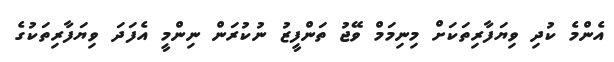
އެންމެ ކުދި ވިޔަފާރިތަކަށް މިނިމަމް ވޭޖު ތަންފީޒު ނުކުރަން ނިންމީ އެފަަދަ ވިޔަފާރިތަކުގެ